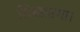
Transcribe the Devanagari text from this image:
सिखाएगा।